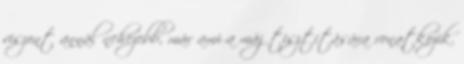
viszont annál nehezebb, már ami a máj tisztítására vonatkozik.